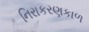
નિરાકરણકાળ